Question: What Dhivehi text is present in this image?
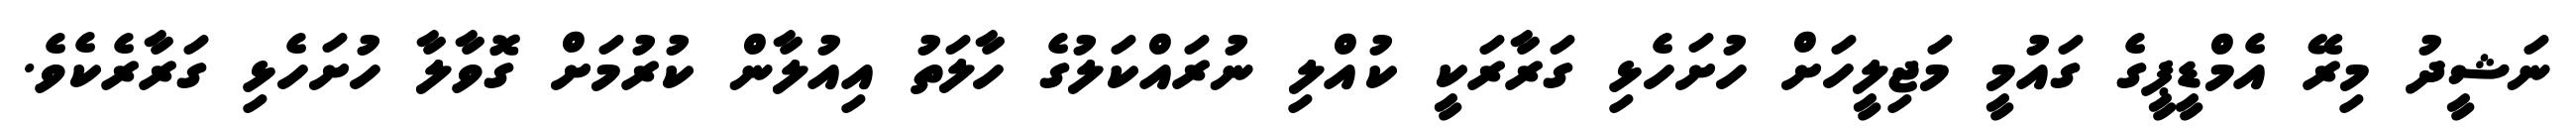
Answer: ނަޝީދު މިރޭ އެމްޑީޕީގެ ގައުމީ މަޖިލީހަށް ހުށަހެޅި ގަރާރަކީ ކުއްލި ނުރައްކަލުގެ ހާލަތު އިއުލާން ކުރުމަށް ގޮވާލާ ހުށަހެޅި ގަރާރެކެވެ.